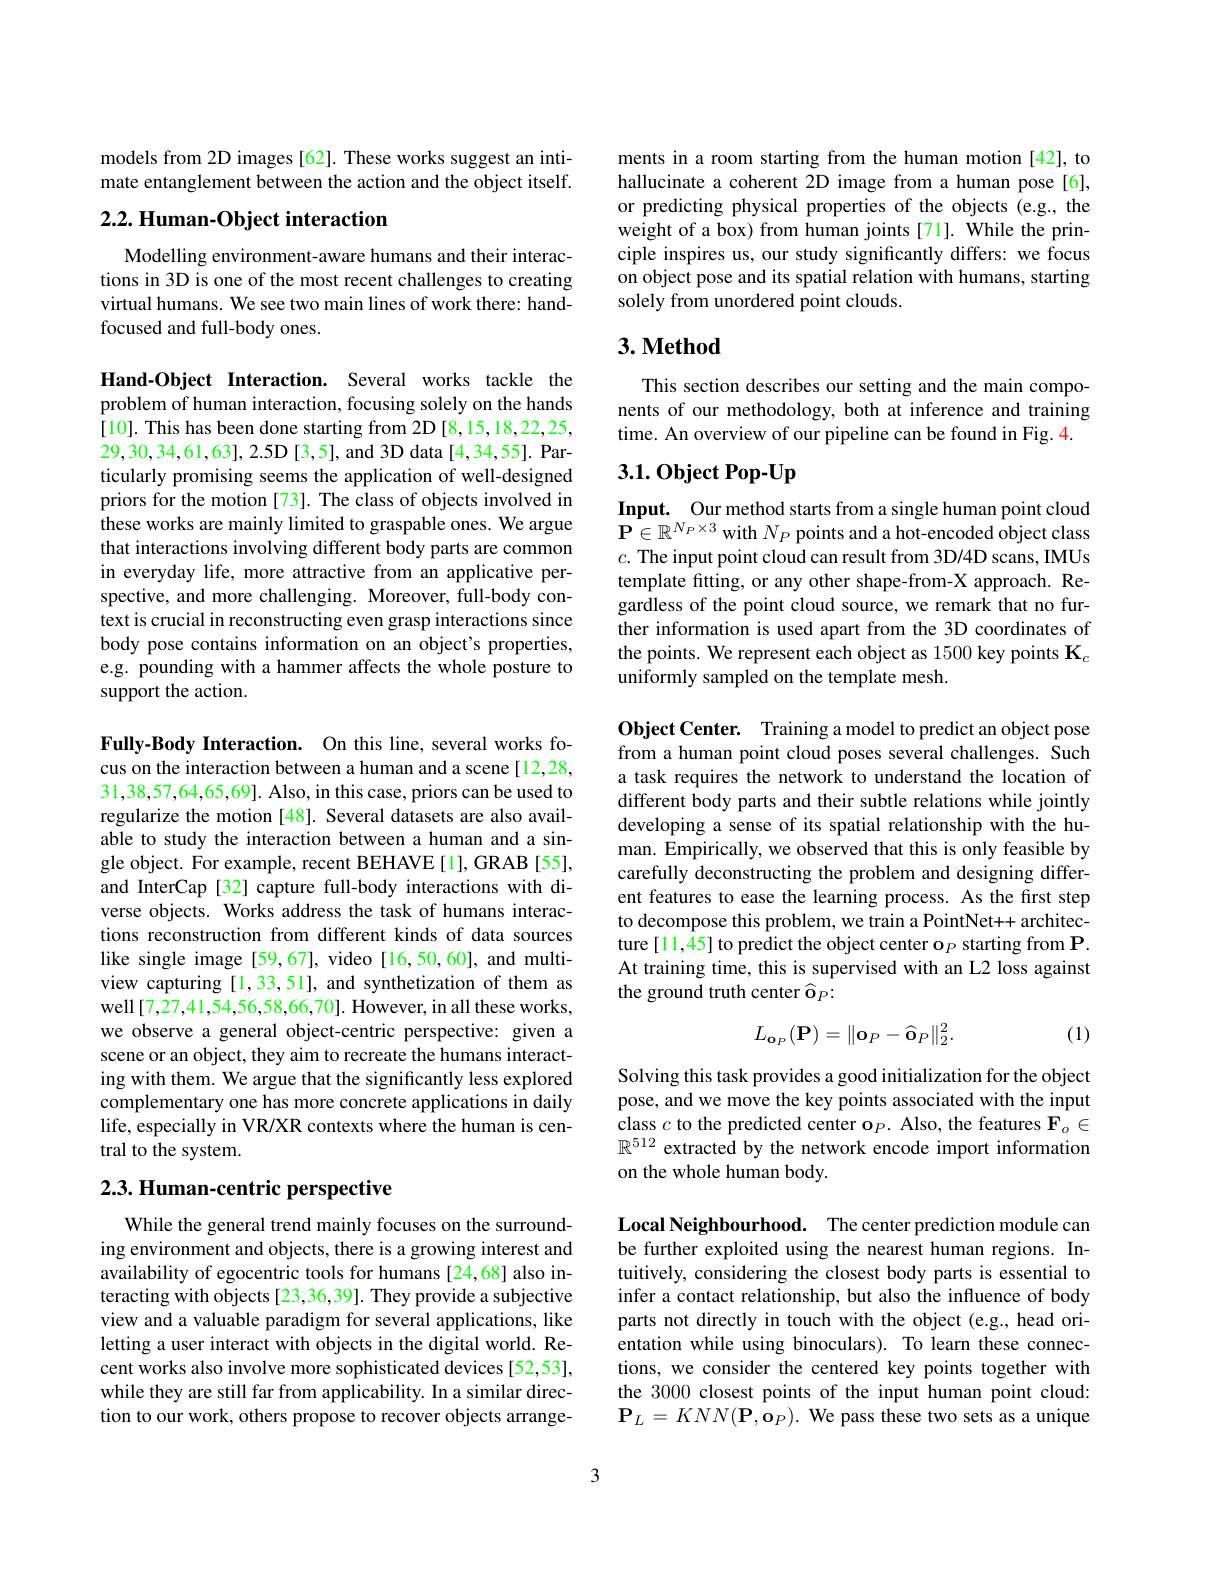
models from 2D images [62]. These works suggest an intimate entanglement between the action and the object itself.

## 2.2. Human-Object interaction

Modelling environment-aware humans and their interactions in 3D is one of the most recent challenges to creating virtual humans. We see two main lines of work there: handfocused and full-body ones.

Hand-Object Interaction. Several works tackle the problem of human interaction, focusing solely on the hands $\hat{[}10].$ This has been done starting from 2D [8,15,18,22,25, ticularly promising seems the application of well-designed priors for the motion [73]. The class of objects involved in these works are mainly limited to graspable ones. We argue that interactions involving different body parts are common in everyday life, more attractive from an applicative perspective, and more challenging. Moreover, full-body context is crucial in reconstructing even grasp interactions since body pose contains information on an object's properties, e.g. pounding with a hammer affects the whole posture to support the action.

Fully-Body Interaction. On this line, several works focus on the interaction between a human and a scene [12,28, 31,38,57,64,65,69]. Also, in this case, priors can be used to regularize the motion [48]. Several datasets are also available to study the interaction between a human and a single object. For example, recent BEHAVE[1], GRAB [55], and InterCap[32] capture full-body interactions with diverse objects. Works address the task of humans interactions reconstruction from different kinds of data sources like single image [59,67], video [16,50,60], and multiview capturing [1,33,51], and synthetization of them as well[7,27,41,54,56,58,66,70]. However, in all these works, we observe a general object-centric perspective: given a scene or an object, they aim to recreate the humans interacting with them. We argue that the significantly less explored complementary one has more concrete applications in daily life, especially in VR/XR contexts where the human is central to the system.

# 2.3. Human-centric perspective

While the general trend mainly focuses on the surrounding environment and objects, there is a growing interest and availability of egocentric tools for humans [24,68] also interacting with objects [23,36,39]. They provide a subjective view and a valuable paradigm for several applications, like letting a user interact with objects in the digital world. Recent works also involve more sophisticated devices [52,53], while they are still far from applicability. In a similar direction to our work, others propose to recover objects arrange-

ments in a room starting from the human motion [42], to hallucinate a coherent 2D image from a human pose[6], or predicting physical properties of the objects (e.g., the weight of a box) from human joints[71]. While the principle inspires us, our study significantly differs: we focus on object pose and its spatial relation with humans, starting solely from unordered point clouds.

## 3. Method

This section describes our setting and the main components of our methodology, both at inference and training time. An overview of our pipeline can be found in Fig. 4.

## $3.1.0bject~Pop-Up$

Input. Our method starts from a single human point cloud $\mathbf{P}\in\mathbb{R}^{N_{P}\times3}$ with $N_P$ points and a hot-encoded object class $c.$ The input point cloud can result from 3D/4D scans, IMUs template fitting, or any other shape-from-X approach. Regardless of the point cloud source, we remark that no further information is used apart from the 3D coordinates of the points. We represent each object as 1500 key points K$_c$ uniformly sampled on the template mesh.

Object Center. Training a model to predict an object pose from a human point cloud poses several challenges. Such a task requires the network to understand the location of different body parts and their subtle relations while jointly developing a sense of its spatial relationship with the human. Empirically, we observed that this is only feasible by carefully deconstructing the problem and designing different features to ease the learning process. As the first step to decompose this problem, we train a PointNet++ architecture[11,45] to predict the object center o$_P$ starting from P. At training time, this is supervised with an L2 loss against the ground truth center $\widehat\mathbf{\mathbf{o}}_P{:}$

(1)
$$L_{\mathbf{o}_{P}}(\mathbf{P})=\|\mathbf{o}_{P}-\widehat{\mathbf{o}}_{P}\|_{2}^{2}.$$
Solving this task provides a good initialization for the object pose, and we move the key points associated with the input class $c$ to the predicted center o$_P.$ Also, the features $\mathbf{F}_o\in$ $\mathbb{R}^{512}$ extracted by the network encode import information on the whole human body.

Local Neighbourhood. The center prediction module can be further exploited using the nearest human regions. Intuitively, considering the closest body parts is essential to infer a contact relationship, but also the influence of body parts not directly in touch with the object (e.g., head orientation while using binoculars). To learn these connections, we consider the centered key points together with the 3000 closest points of the input human point cloud: $\mathbf{P}_{L}=KNN(\mathbf{P},\mathbf{o}_{P}).$ We pass these two sets as a unique

3